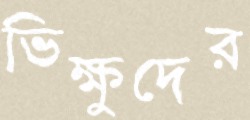
ভিক্ষুদের